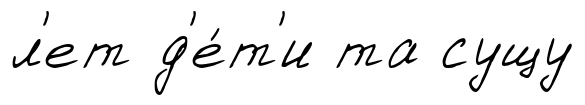
л'ет д'е́т'и та сущу